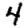
Digit: 4